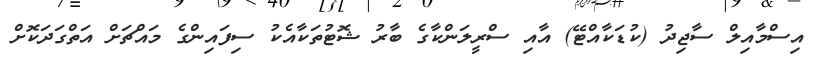
އިސްމާއިލް ސާޖިދު (ކުޑަކާއްޓޭ) އާއި ސްރީލަންކާގެ ބާރު ޝޮޓުތަކާއެކު ސިފައިންގެ މައްޗަށް އަތްގަދަކޮށް